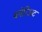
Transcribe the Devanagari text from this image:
ब्लेरिअट